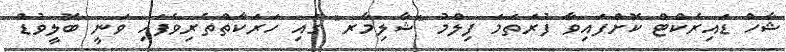
ޝާހް ޑައިރެކްޓް ކޮށްފައިވާ ފުރަތަމަ ފިލްމު "ޝާލިމާރ" ގައި ހަރަކާތްތެރިވެފައި ވަނީ ބޮލީވުޑް